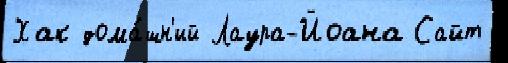
Хак дома́шн'ий Лаура-Йоана Сайт